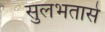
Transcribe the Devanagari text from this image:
सुलभतासे